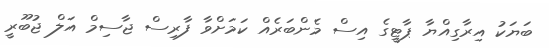
ބަޔަކު އިރާގިއްޔާ ޕާޓީގެ އިސް މެންބަރެއް ކަމަށްވާ ފާރިސް ޖާސިމް އަލް ޖުބޫރީ